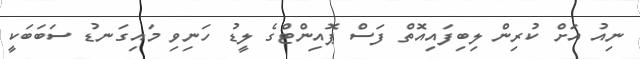
ނިއު އަށް ކުރިން ލިބިފައިއޮތް ފަސް ޕޮއިންޓްގެ ލީޑު ހަނިވި މައިގަނޑު ސަބަބަކީ